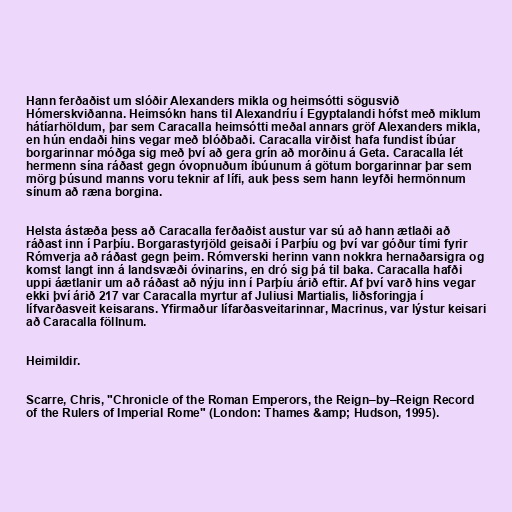
Hann ferðaðist um slóðir Alexanders mikla og heimsótti sögusvið
Hómerskviðanna. Heimsókn hans til Alexandríu í Egyptalandi hófst með miklum
hátíarhöldum, þar sem Caracalla heimsótti meðal annars gröf Alexanders mikla,
en hún endaði hins vegar með blóðbaði. Caracalla virðist hafa fundist íbúar
borgarinnar móðga sig með því að gera grín að morðinu á Geta. Caracalla lét
hermenn sína ráðast gegn óvopnuðum íbúunum á götum borgarinnar þar sem
mörg þúsund manns voru teknir af lífi, auk þess sem hann leyfði hermönnum
sínum að ræna borgina.

Helsta ástæða þess að Caracalla ferðaðist austur var sú að hann ætlaði að
ráðast inn í Parþíu. Borgarastyrjöld geisaði í Parþíu og því var góður tími fyrir
Rómverja að ráðast gegn þeim. Rómverski herinn vann nokkra hernaðarsigra og
komst langt inn á landsvæði óvinarins, en dró sig þá til baka. Caracalla hafði
uppi áætlanir um að ráðast að nýju inn í Parþíu árið eftir. Af því varð hins vegar
ekki því árið 217 var Caracalla myrtur af Juliusi Martialis, liðsforingja í
lífvarðasveit keisarans. Yfirmaður lífarðasveitarinnar, Macrinus, var lýstur keisari
að Caracalla föllnum.

Heimildir.

Scarre, Chris, "Chronicle of the Roman Emperors, the Reign–by–Reign Record
of the Rulers of Imperial Rome" (London: Thames &amp; Hudson, 1995).